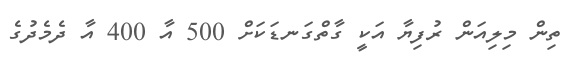
ތިން މިލިއަން ރުފިޔާ އަކީ ގާތްގަނޑަކަށް 500 އާ 400 އާ ދެމެދުގެ